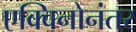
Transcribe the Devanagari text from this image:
एक्विनोनंतर